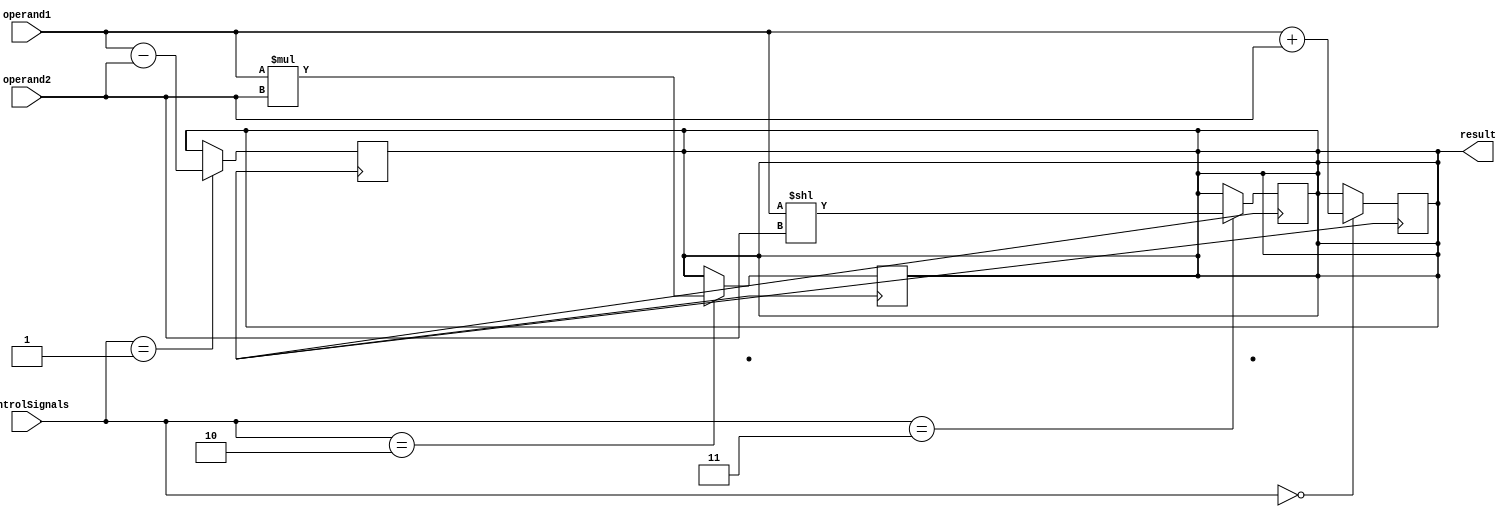
module HalfPrecisionFloatingPointUnit (
    input [15:0] operand1,
    input [15:0] operand2,
    input [2:0] controlSignals,
    output reg [15:0] result
);

// Adder block
always @ (posedge clk)
if(controlSignals == 3'b000)
result <= operand1 + operand2;

// Subtractor block
always @ (posedge clk)
if(controlSignals == 3'b001)
result <= operand1 - operand2;

// Multiplier block
always @ (posedge clk)
if(controlSignals == 3'b010)
result <= operand1 * operand2;

// Shifter block
always @ (posedge clk)
if(controlSignals == 3'b011)
result <= operand1 << operand2;

// Rounding and normalization logic circuits
// to be implemented

endmodule